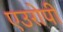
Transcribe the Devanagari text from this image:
एउरोपी